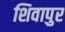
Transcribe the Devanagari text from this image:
शिवापुर